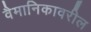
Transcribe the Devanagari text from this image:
वैमानिकावरील